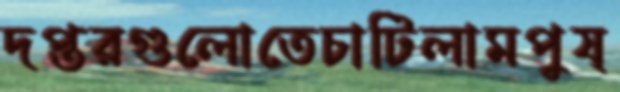
দপ্তরগুলোতেচাটিলামপুষ্